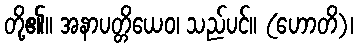
တို့၏။ အနာပတ္တိယေဝ၊ သည်ပင်။ (ဟောတိ)၊